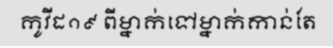
កូវីដ១៩ ពីម្នាក់ទៅម្នាក់កាន់តែ